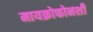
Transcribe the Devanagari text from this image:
मायक्रोफोनशी